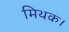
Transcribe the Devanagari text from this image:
मिथक।